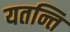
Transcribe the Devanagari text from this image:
यतन्ति